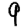
Digit: 9